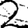
Digit: 2